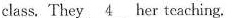
They \underline{4} her teaching.